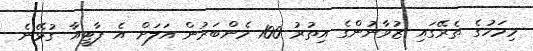
މިމަހުގެ ތެރޭގައި ޒުވާނުންގެ އިތުރު 100 މެންބަރުން އަލަށް އެ ޕާޓީއާ ގުޅޭނެ